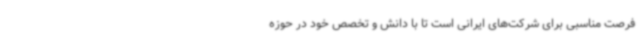
فرصت مناسبی برای شرکت‌های ایرانی است تا با دانش و تخصص خود در حوزه